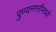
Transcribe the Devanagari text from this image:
पुण्यनगरीमध्ये